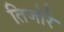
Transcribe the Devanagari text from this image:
तिजोरे